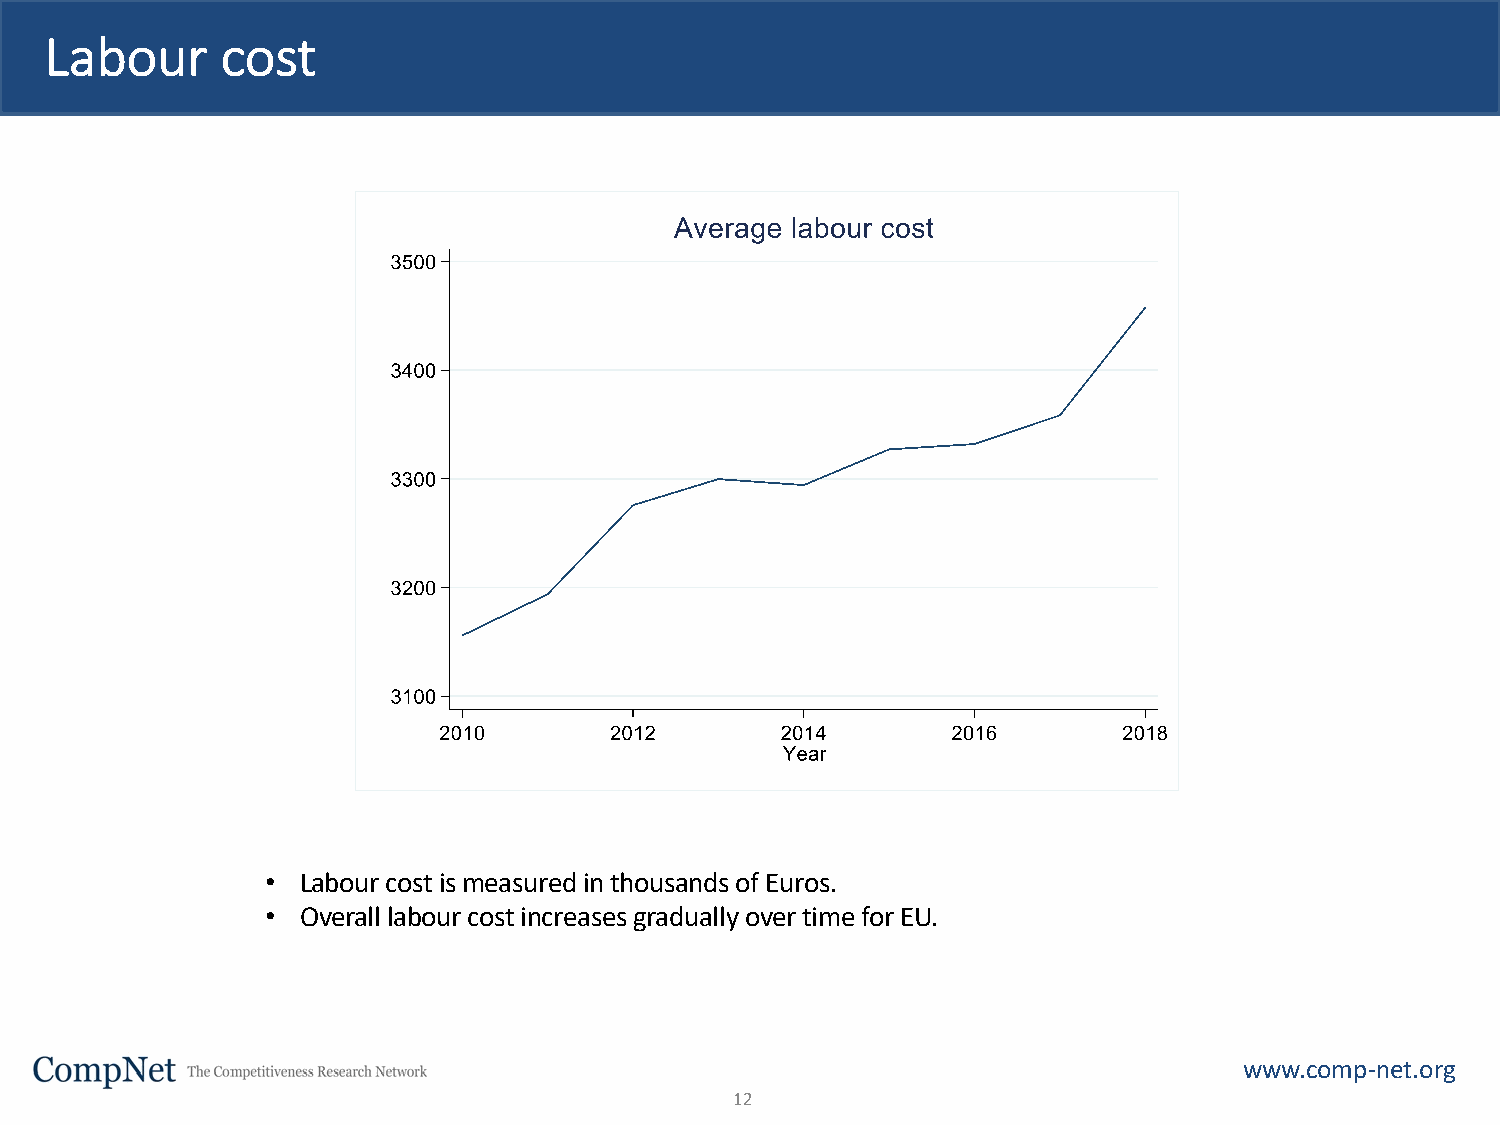
Labour      cost
 • Labour cost is measured in thousands of Euros.
 • Overall labour cost increases gradually over time for EU.
 www.comp-net.org
 12